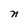
Character: n